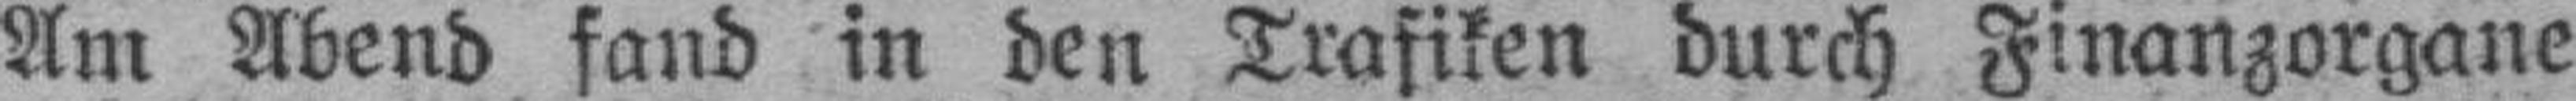
Am Abend fand in den Trafiken durch Finanzorgane